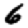
Digit: 6